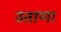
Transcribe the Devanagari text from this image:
उताणा